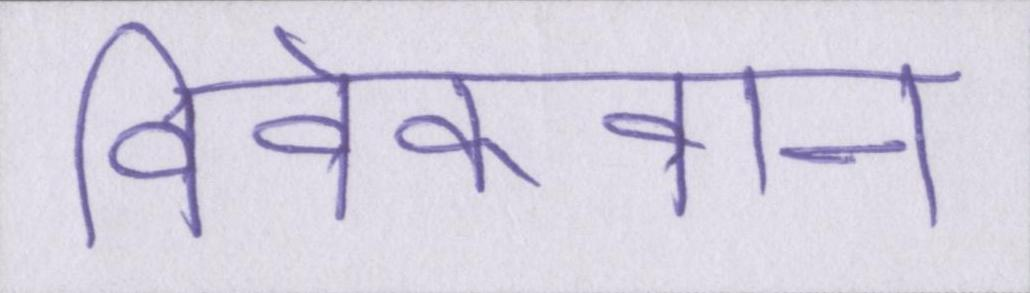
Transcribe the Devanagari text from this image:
विवेकवान